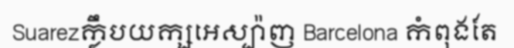
Suarezក្លឹបយក្សអេស្ប៉ាញ Barcelona កំពុងតែ